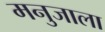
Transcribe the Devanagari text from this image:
मनुजाला